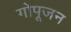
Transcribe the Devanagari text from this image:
गोपूजन